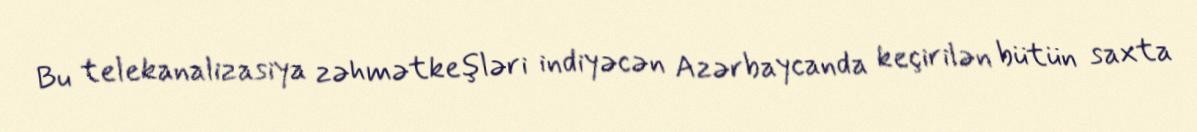
Bu telekanalizasiya zəhmətkeşləri indiyəcən Azərbaycanda keçirilən bütün saxta